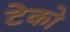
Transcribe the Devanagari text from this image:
टेको